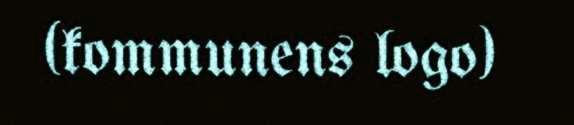
(kommunens logo)